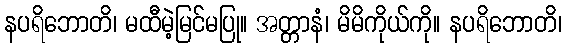
နပရိဘောတိ၊ မထီမဲ့မြင်မပြု။ အတ္တာနံ၊ မိမိကိုယ်ကို။ နပရိဘောတိ၊